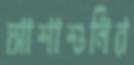
আশাশুনির